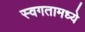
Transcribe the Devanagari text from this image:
स्वगतामध्ये